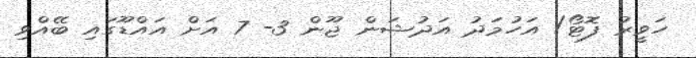
ހަވީރު ފޮޓޯ/ އަހުމަދު އަދުޝަން ޖޫން 3- 7 އަށް އައްޑޫގައި ބޭއްވި